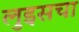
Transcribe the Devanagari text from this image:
लुइसचा